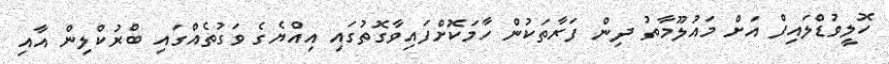
ހޮލީވުޑްލައިފް އަށް މައުލޫމާތު ދިިން ފަރާތަކުން ހާމަކޮށްފައިވާގޮތުގައި އިއްޔެގެ ވަގުތެއްގައި ބްރުކްލިން އާއި